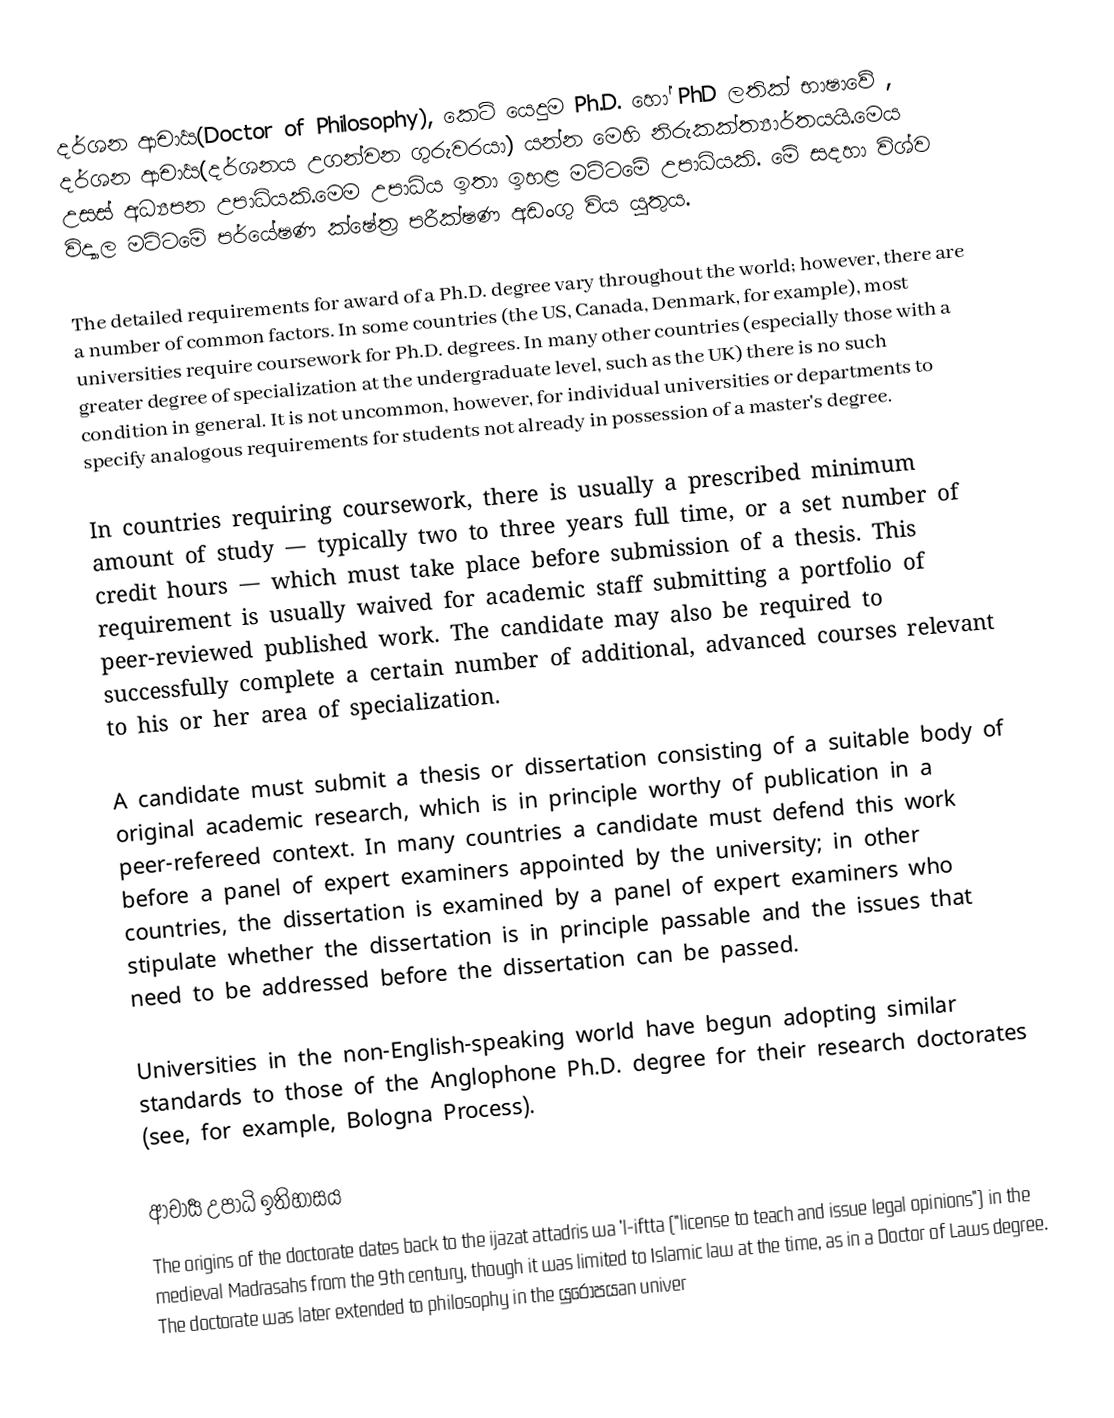
දර්ශන ආචාර්‍ය(Doctor of Philosophy), කෙටි යෙදුම Ph.D. හෝ PhD ලතික් භාෂාවේ , දර්ශන ආචාර්‍ය(දර්ශනය උගන්වන ගුරුවරයා) යන්න මෙහි නිරුකක්ත්‍යාර්තයයි.මෙය උසස් අධ්‍යපන උපාධියකි.මෙම උපාධිය ඉතා ඉහළ මට්ටමේ උපාධියකි. මේ සදහා විශ්ව විද්‍යාල මට්ටමේ පර්යේෂණ ක්ෂේත්‍ර පරීක්ෂණ අඩංගු විය යුතුය.

The detailed requirements for award of a Ph.D. degree vary throughout the world; however, there are a number of common factors. In some countries (the US, Canada, Denmark, for example), most universities require coursework for Ph.D. degrees. In many other countries (especially those with a greater degree of specialization at the undergraduate level, such as the UK) there is no such condition in general. It is not uncommon, however, for individual universities or departments to specify analogous requirements for students not already in possession of a master's degree.

In countries requiring coursework, there is usually a prescribed minimum amount of study — typically two to three years full time, or a set number of credit hours — which must take place before submission of a thesis. This requirement is usually waived for academic staff submitting a portfolio of peer-reviewed published work. The candidate may also be required to successfully complete a certain number of additional, advanced courses relevant to his or her area of specialization.

A candidate must submit a thesis or dissertation consisting of a suitable body of original academic research, which is in principle worthy of publication in a peer-refereed context. In many countries a candidate must defend this work before a panel of expert examiners appointed by the university; in other countries, the dissertation is examined by a panel of expert examiners who stipulate whether the dissertation is in principle passable and the issues that need to be addressed before the dissertation can be passed.

Universities in the non-English-speaking world have begun adopting similar standards to those of the Anglophone Ph.D. degree for their research doctorates (see, for example, Bologna Process).

ආචාර්‍ය උපාධි ඉතිහාසය
The origins of the doctorate dates back to the ijazat attadris wa 'l-iftta ("license to teach and issue legal opinions") in the medieval Madrasahs from the 9th century, though it was limited to Islamic law at the time, as in a Doctor of Laws degree. The doctorate was later extended to philosophy in the යුරෝපයan univer